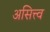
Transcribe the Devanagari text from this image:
असित्त्व